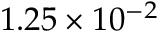
1 . 2 5 \times 1 0 ^ { - 2 }